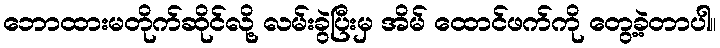
ဘောထားမတိုက်ဆိုင်လို့ လမ်းခွဲပြီးမှ အိမ် ထောင်ဖက်ကို တွေ့ခဲ့တာပါ။